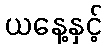
ယနေ့နှင့်